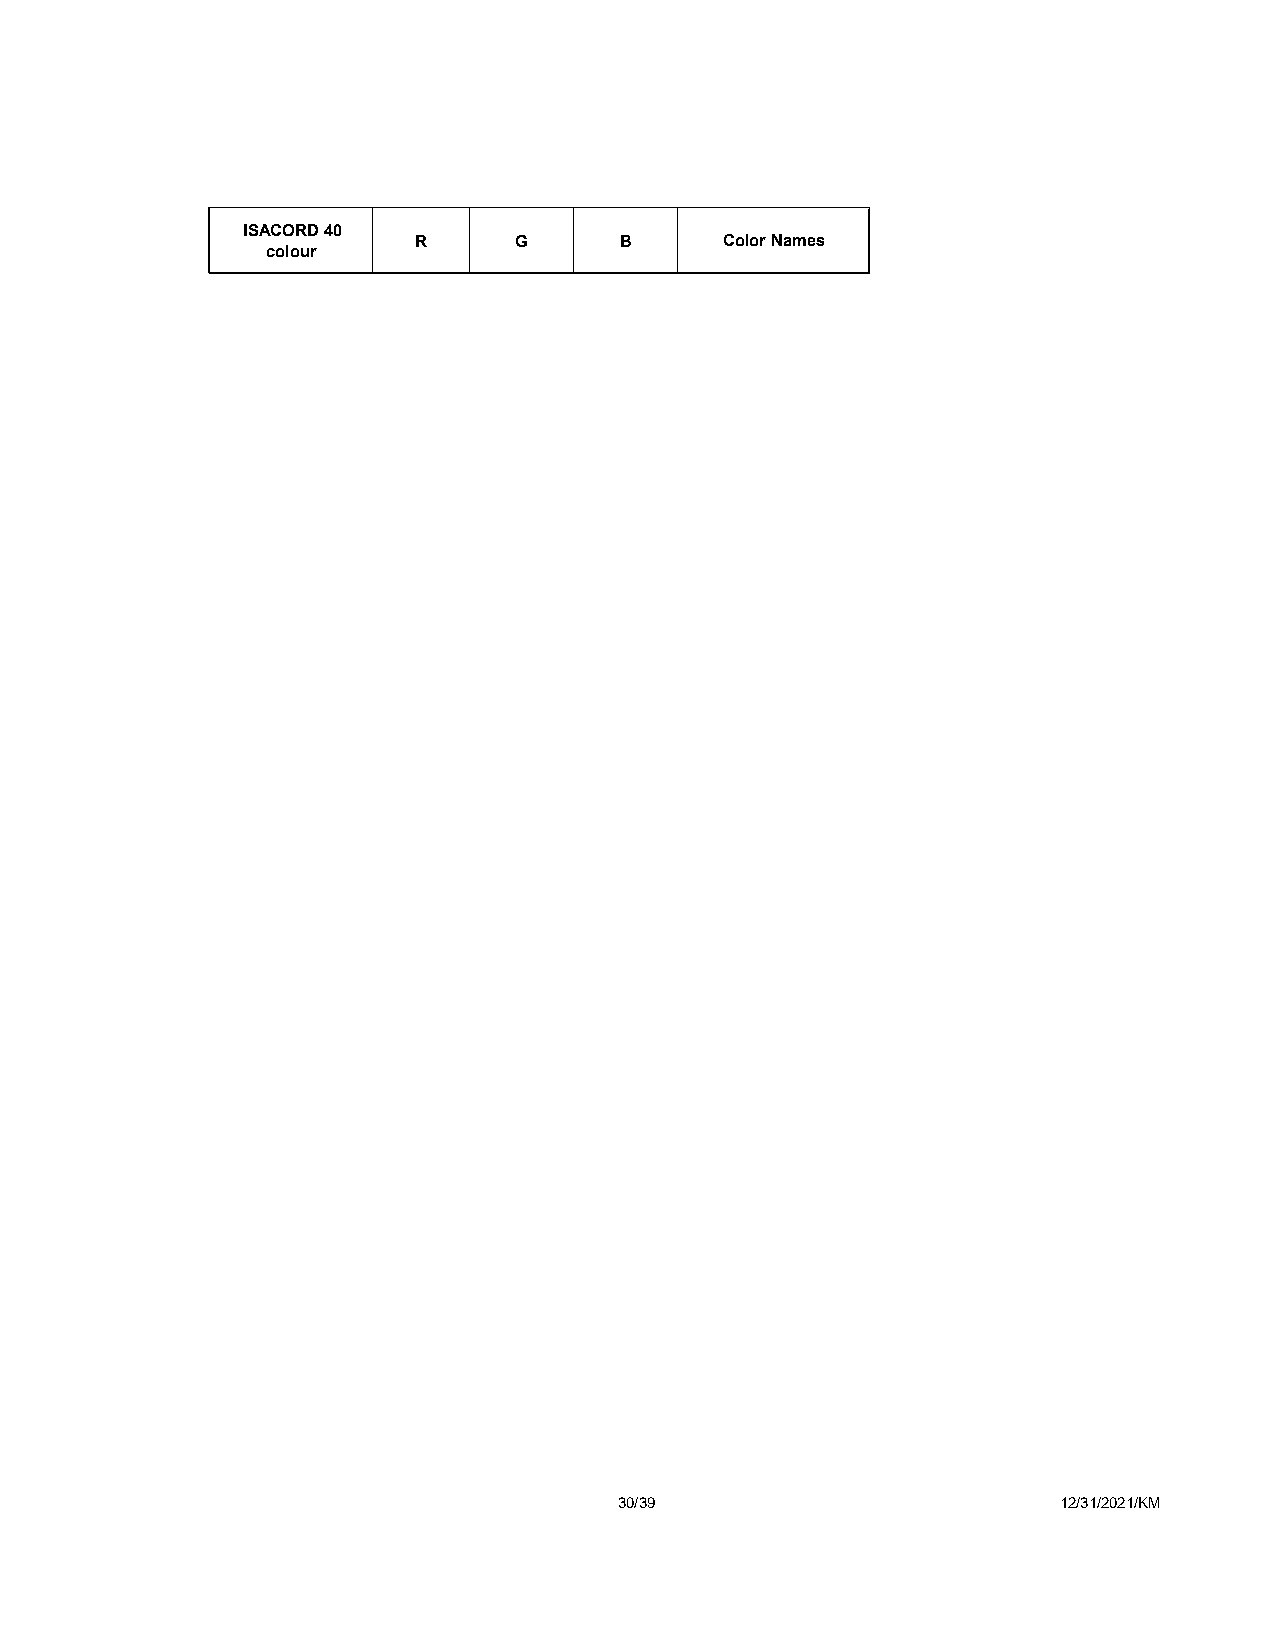
ISACORD 40
 R      G      B      Color Names
 colour
 30/39                        12/31/2021/KM